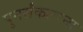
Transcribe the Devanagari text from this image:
पुनर्संकल्पना